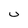
Character: u